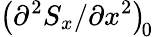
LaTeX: \left({\partial^{2}S_{x}}/{\partial x^{2}}\right)_{\! 0}